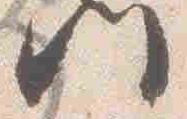
御